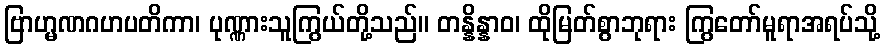
ဗြာဟ္မဏဂဟပတိကာ၊ ပုဏ္ဏားသူကြွယ်တို့သည်။ တန္နိန္နာဝ၊ ထိုမြတ်စွာဘုရား ကြွတော်မူရာအရပ်သို့